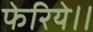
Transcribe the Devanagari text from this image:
फेरिये।।